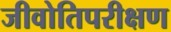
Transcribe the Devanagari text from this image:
जीवोतिपरीक्षण